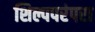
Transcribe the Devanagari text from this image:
शिल्पपरंपरा